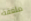
ملعقة